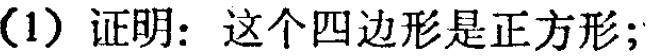
(1) 证明：这个四边形是正方形；